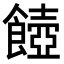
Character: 𩞵